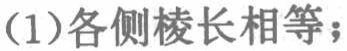
(1)各侧棱长相等；